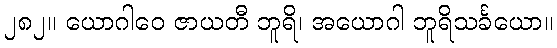
၂၈၂။ ယောဂါဝေ ဇာယတီ ဘူရိ၊ အယောဂါ ဘူရိသင်္ခယော။